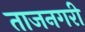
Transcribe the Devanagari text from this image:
ताजनगरी